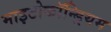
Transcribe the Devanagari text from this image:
माइटोकॉन्ड्रियम